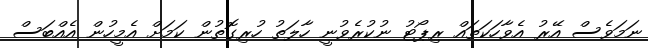
ނަމަވެސް އޭރު އެވާހަކަތައް ރިޕޯޓު ނުކުރެވުނީ ހާލަތު ހުރިގޮތުން ކަމަށް އެމީހުން އެއްބަސް